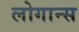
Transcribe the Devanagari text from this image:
लोगान्स